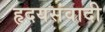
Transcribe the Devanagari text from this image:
हृदयसंवादी